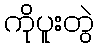
ကိုပူးတွဲ